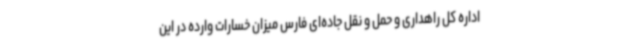
اداره کل راهداری و حمل و نقل جاده‌ای فارس میزان خسارات وارده در این